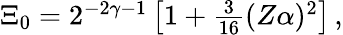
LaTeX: \begin{array}{r}{\Xi_{0}=2^{-2\gamma-1}\left[1+\frac{3}{16}(Z\alpha)^{2}\right]\, ,}\end{array}